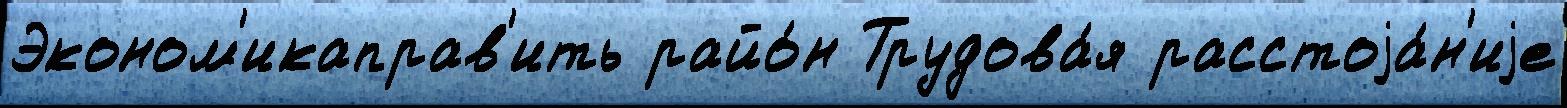
Эконом'икаправ'ить райо́н Трудова́я расстоjа́н'иjе